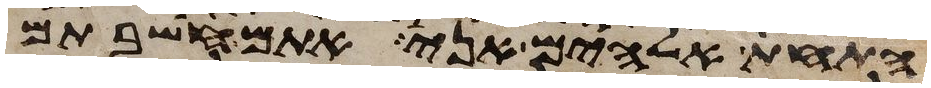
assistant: התחת אלהים אני אתם חשבתם